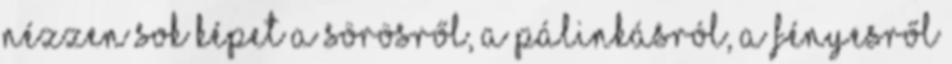
Nézzen sok képet a sörösről, a pálinkásról, a fényesről